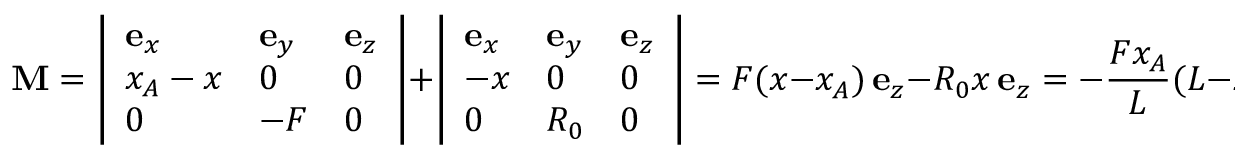
\mathbf { M } = \left| { \begin{array} { l l l } { \mathbf { e } _ { x } } & { \mathbf { e } _ { y } } & { \mathbf { e } _ { z } } \\ { x _ { A } - x } & { 0 } & { 0 } \\ { 0 } & { - F } & { 0 } \end{array} } \right| + \left| { \begin{array} { l l l } { \mathbf { e } _ { x } } & { \mathbf { e } _ { y } } & { \mathbf { e } _ { z } } \\ { - x } & { 0 } & { 0 } \\ { 0 } & { R _ { 0 } } & { 0 } \end{array} } \right| = F ( x - x _ { A } ) \, \mathbf { e } _ { z } - R _ { 0 } x \, \mathbf { e } _ { z } = - { \frac { F x _ { A } } { L } } ( L - x ) \, \mathbf { e } _ { z } \, .